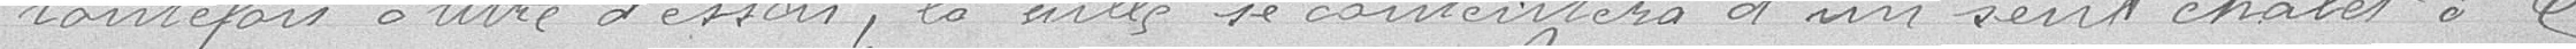
toutefois à titre d'essai, la ville se contentera d'un seul chalet à 6